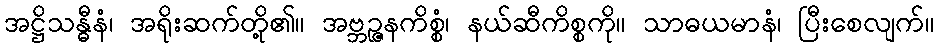
အဋ္ဌိသန္ဓီနံ၊ အရိုးဆက်တို့၏။ အဗ္ဘဉ္ဇနကိစ္စံ၊ နယ်ဆီကိစ္စကို။ သာဓယမာနံ၊ ပြီးစေလျက်။